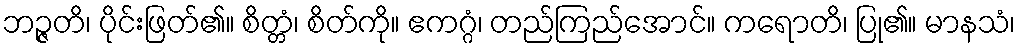
ဘဉ္ဇတိ၊ ပိုင်းဖြတ်၏။ စိတ္တံ၊ စိတ်ကို။ ဧကဂ္ဂံ၊ တည်ကြည်အောင်။ ကရောတိ၊ ပြု၏။ မာနသံ၊